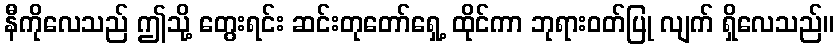
နီကိုလေသည် ဤသို့ တွေးရင်း ဆင်းတုတော်ရှေ့ ထိုင်ကာ ဘုရားဝတ်ပြု လျက် ရှိလေသည်။